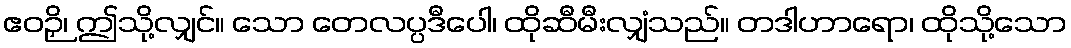
ဧဝဉှိ၊ ဤသို့လျှင်။ သော တေလပ္ပဒီပေါ၊ ထိုဆီမီးလျှံသည်။ တဒါဟာရော၊ ထိုသို့သော